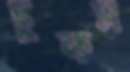
চুকস